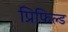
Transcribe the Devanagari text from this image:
प्रिफिल्ड